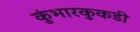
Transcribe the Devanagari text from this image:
कुंभारकुकडी